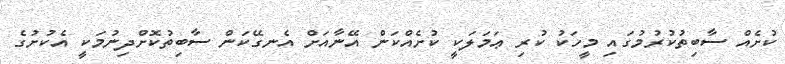
ކުށެއް ސާބިތުކުރުމުގައި މީހަކު ކުރި ޢަމަލަކީ ކުށެއްކަން އޭނާއަށް އެނގޭކަން ސާބިތުކޮށްދިނުމަކީ އެކުށުގެ